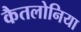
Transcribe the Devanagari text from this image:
कैतलोनिया